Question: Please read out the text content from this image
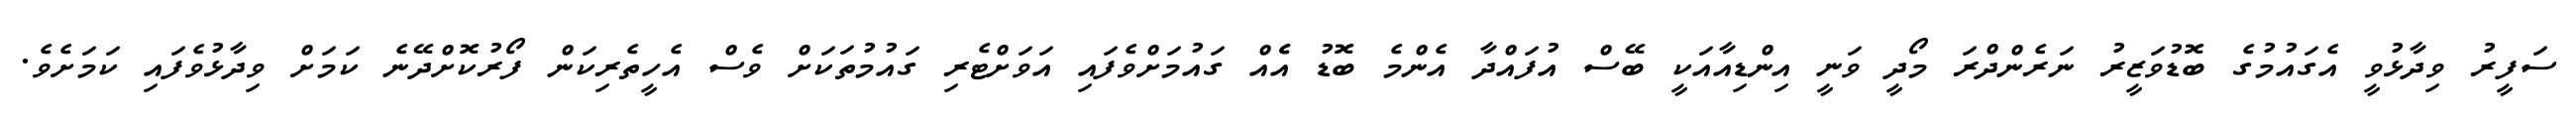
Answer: ސަފީރު ވިދާޅުވީ އެގައުމުގެ ބޮޑުވަޒީރު ނަރެންދްރަ މޯދީ ވަނީ އިންޑިއާއަކީ ބޭސް އުފައްދާ އެންމެ ބޮޑު އެެއް ގައުމަށްވެފައި އަވަށްޓެރި ގައުމުތަކަށް ވެސް އެހީތެރިކަން ފޯރުކޮށްދޭނެ ކަމަށް ވިދާޅުވެފައި ކަމަށެވެ.